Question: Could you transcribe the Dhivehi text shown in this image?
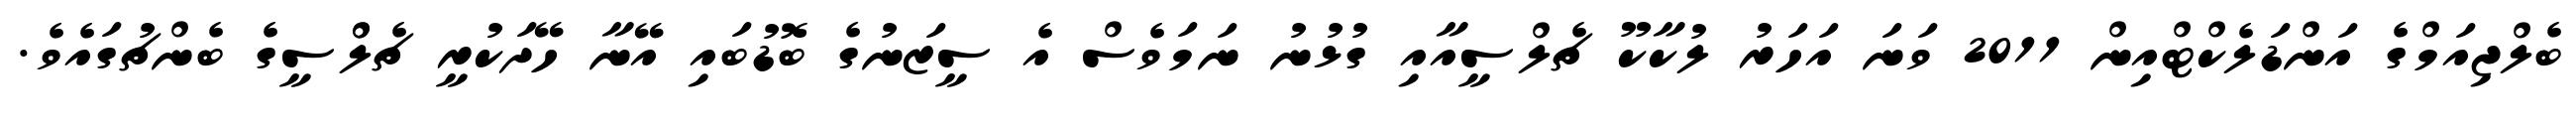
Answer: ބެލްޖިއަމްގެ އަންޑަލެކްޓްއިން 2011 ވަނަ އަހަރު ލުކާކޫ ޗެލްސީއާއި ގުޅުނު ނަމަވެސް އެ ސީޒަނުގެ ބޮޑުބައި އޭނާ ހޭދަކުރީ ޗެލްްސީގެ ބެންޗުގައެވެ.